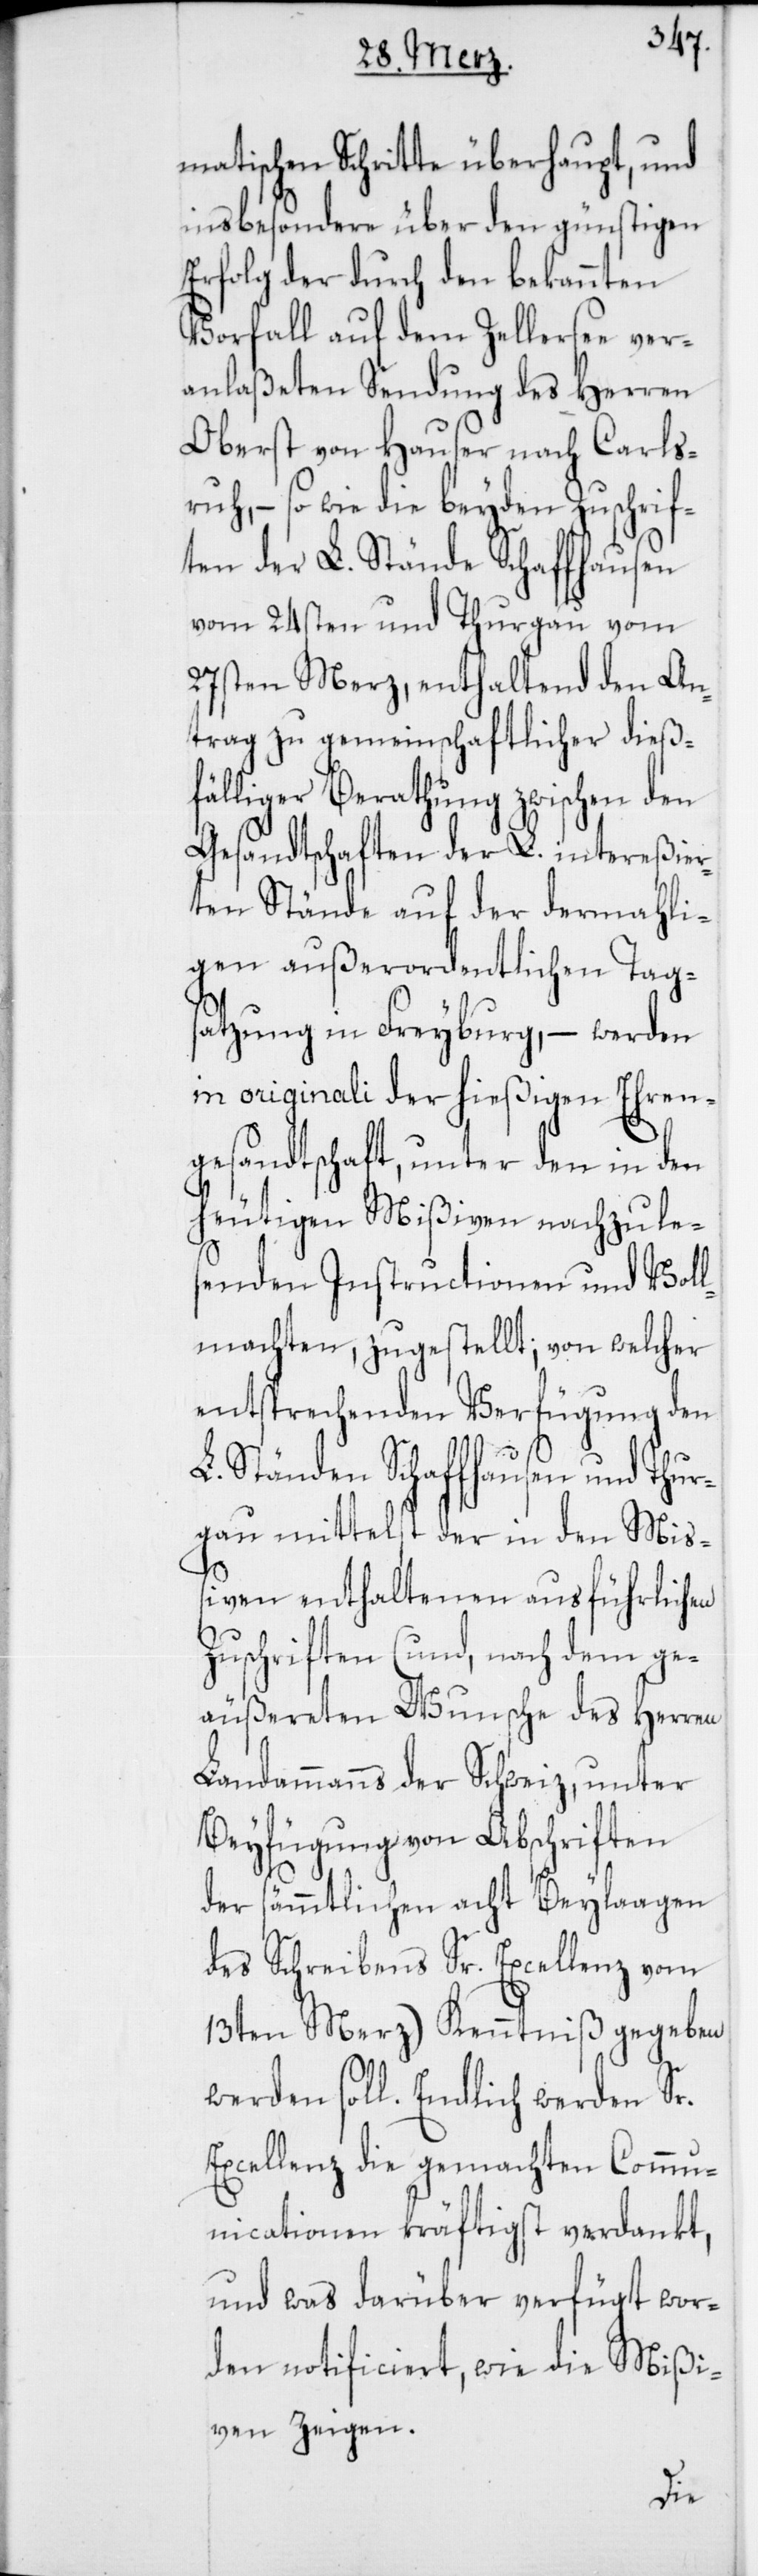
matischen Schritte überhaupt, und
insbesondere über den günstigen
Erfolg der durch den bekannten
Vorfall auf dem Zellersee ver¬
anlaßeten Sendung des Herren
Oberst von Hauser nach Carls¬
ruh, – so wie die beyden Zuschrif¬
ten der L. Stände Schaffhausen
vom 24sten und Thurgau vom
27sten Merz, enthaltend den An¬
trag zu gemeinschaftlicher dieß¬
fälliger Berathung zwischen den
Gesandtschaften der L. intereßier¬
ten Stände auf der dermahli¬
gen außerordentlichen Tags¬
atzung in Freyburg, – werden
in originali der hießigen Ehren¬
gesandtschaft, unter den in den
heutigen Mißiven nachzule¬
senden Instructionen und Voll¬
machten, zugestellt; in welcher
entsprechenden Verfügung den
L. Ständen Schaffhausen und Thur¬
gau mittelst der in den Miß¬
iven enthaltenen ausführlichen
Zuschriften (und, nach dem ge¬
äußereten Wunsche des Herren
Landammanns der Schweiz, unter
Beyfügung von Abschriften
der sämmtlichen acht Beylagen
des Schreibens Sr. Excellenz vom
13ten Merz) Kenntniß gegeben
werden soll. Endlich werden Sr.
Excellenz die gemachten Commu¬
nicationen kräftigst verdankt,
und was darüber verfügt wor¬
den notificiert, wie die Mißi¬
ven zeigen.